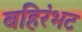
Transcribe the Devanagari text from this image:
बहिरंभट